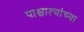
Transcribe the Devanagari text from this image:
पाश्चात्यांच्या